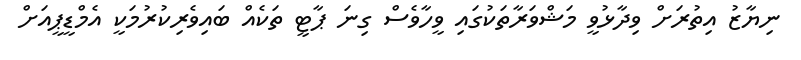
ނިޔާޒު އިތުރަށް ވިދާޅުވީ މަޝްވަރާތަކުގައި ވީހާވެސް ގިނަ ޕާޓީ ތަކެއް ބައިވެރިކުރުމަކީ އެމްޑީޕީއަށް